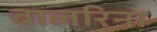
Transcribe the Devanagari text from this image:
बालरिना